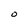
Character: O